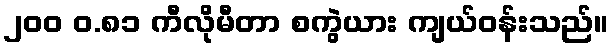
၂၀၀ ဝ.၈၁ ကီလိုမီတာ စကွဲယား ကျယ်ဝန်းသည်။